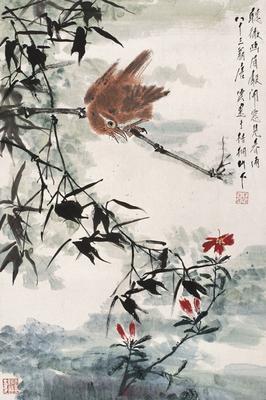
寒蝉凄切，对长亭晚，骤雨初歇。